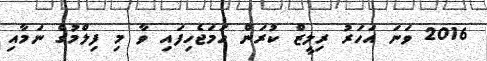
2016 ވަނަ އަހަރު ރިލީޒް ކުރަން ހަމަޖެހިފައި ވާ މި ފިލްމުގެ ނަމާއި